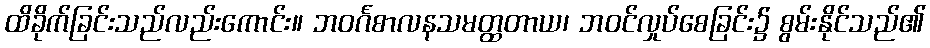
ထိခိုက်ခြင်းသည်လည်းကောင်း။ ဘဝင်္ဂစာလနသမတ္ထတာယ၊ ဘဝင်လှုပ်စေခြင်း၌ စွမ်းနိုင်သည်၏